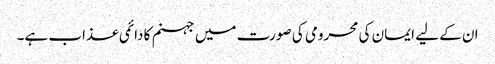
ان کے لیے ایمان کی محرومی کی صورت میں جہنم کا دائمی عذاب ہے۔